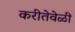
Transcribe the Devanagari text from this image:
करीतेवेळी